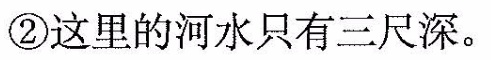
②这里的河水只有三尺深。